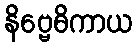
နိဗ္ဗေဓိကာယ